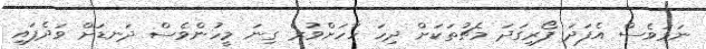
ނަމަވެސް އެފަދަ ފޯރިގަދަ މެޗުތަކަށް ދިހަ ހާހަށްވުރެ ގިނަ މީހުންވެސް ދަނޑަށް ވަދެފައި